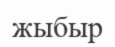
жыбыр